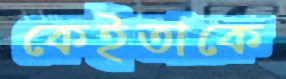
কেইতাকে